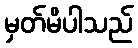
မှတ်မိပါသည်